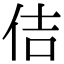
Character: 佶